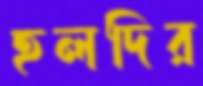
হলদির